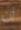
أن